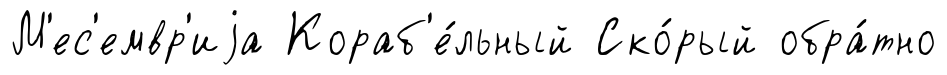
М'ес'емвр'иjа Кораб'е́льный Ско́рый обра́тно